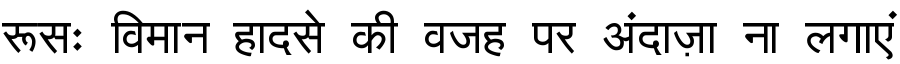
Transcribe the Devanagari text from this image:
रूसः विमान हादसे की वजह पर अंदाज़ा ना लगाएं